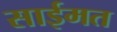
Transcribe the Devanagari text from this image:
साईमत